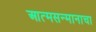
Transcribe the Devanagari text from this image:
आत्मसन्मानाचा